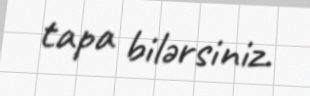
tapa bilərsiniz.